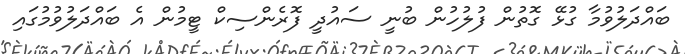
ބައްދަލުވުމާ ގުޅޭ ގޮތުން ފުލުހުން ބުނީ ސައުދީ ފޮރެންސިކް ޓީމުން އެ ބައްދަލުވުމުގައި